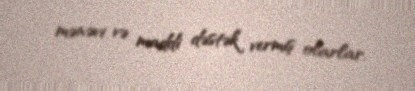
mənəvi və maddi dəstək vermiş olarlar.